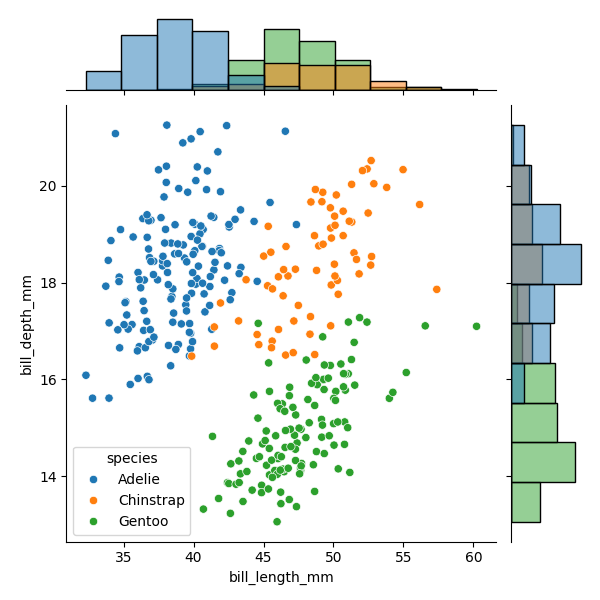
python, seaborn, JointGrid, scatterplot, histplot, hue